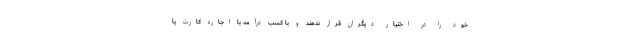
خود را در اختیار دیگران قرار ندهند و با کسب درآمد با اجاره کارت یا